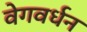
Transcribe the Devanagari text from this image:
वेगवर्धन